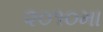
૨૦૧૦મા